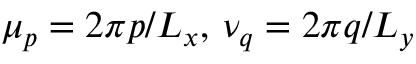
\mu _ { p } = 2 \pi p / L _ { x } , \, \nu _ { q } = 2 \pi q / L _ { y }